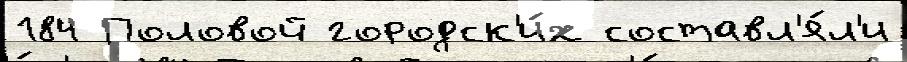
184 Половой городск'и́х составл'я́л'и